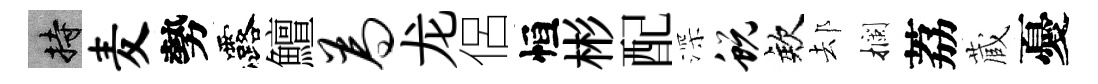
持麦勢露鱣为龙侶恒彬配深蜕欸𨚫攔荔蔵憂